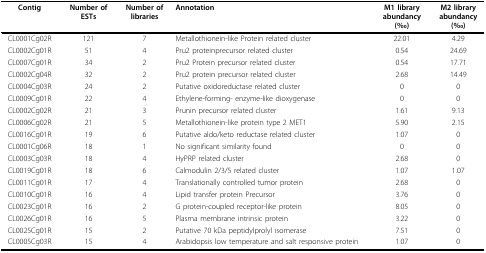
<table><thead><tr><td><b>Contig</b></td><td><b>Number ofESTs</b></td><td><b>Number oflibraries</b></td><td><b>Annotation</b></td><td><b>M1 libraryabundancy(‰)</b></td><td><b>M2 libraryabundancy(‰)</b></td></tr></thead><tbody><tr><td>CL0001Cg02R</td><td>121</td><td>7</td><td>Metallothionein-like Protein related cluster</td><td>22.01</td><td>4.29</td></tr><tr><td>CL0002Cg01R</td><td>51</td><td>4</td><td>Pru2 proteinprecursor related cluster</td><td>0.54</td><td>24.69</td></tr><tr><td>CL0007Cg01R</td><td>34</td><td>2</td><td>Pru2 Protein precursor related cluster</td><td>0.54</td><td>17.71</td></tr><tr><td>CL0002Cg04R</td><td>32</td><td>2</td><td>Pru2 protein precursor related cluster</td><td>2.68</td><td>14.49</td></tr><tr><td>CL0004Cg03R</td><td>24</td><td>2</td><td>Putative oxidoreductase related cluster</td><td>0</td><td>0</td></tr><tr><td>CL0009Cg01R</td><td>22</td><td>4</td><td>Ethylene-forming- enzyme-like dioxygenase</td><td>0</td><td>0</td></tr><tr><td>CL0002Cg02R</td><td>21</td><td>3</td><td>Prunin precursor related cluster</td><td>1.61</td><td>9.13</td></tr><tr><td>CL0006Cg02R</td><td>21</td><td>5</td><td>Metallothionein-like protein type 2 MET1</td><td>5.90</td><td>2.15</td></tr><tr><td>CL0016Cg01R</td><td>19</td><td>6</td><td>Putative aldo/keto reductase related cluster</td><td>1.07</td><td>0</td></tr><tr><td>CL0001Cg06R</td><td>18</td><td>1</td><td>No significant similarity found</td><td>0</td><td>0</td></tr><tr><td>CL0003Cg03R</td><td>18</td><td>4</td><td>HyPRP related cluster</td><td>2.68</td><td>0</td></tr><tr><td>CL0019Cg01R</td><td>18</td><td>6</td><td>Calmodulin 2/3/5 related cluster</td><td>1.07</td><td>1.07</td></tr><tr><td>CL0011Cg01R</td><td>17</td><td>4</td><td>Translationally controlled tumor protein</td><td>2.68</td><td>0</td></tr><tr><td>CL0010Cg01R</td><td>16</td><td>4</td><td>Lipid transfer protein Precursor</td><td>3.76</td><td>0</td></tr><tr><td>CL0023Cg01R</td><td>16</td><td>2</td><td>G protein-coupled receptor-like protein</td><td>8.05</td><td>0</td></tr><tr><td>CL0026Cg01R</td><td>16</td><td>5</td><td>Plasma membrane intrinsic protein</td><td>3.22</td><td>0</td></tr><tr><td>CL0025Cg01R</td><td>15</td><td>2</td><td>Putative 70 kDa peptidylprolyl isomerase</td><td>7.51</td><td>0</td></tr><tr><td>CL0005Cg03R</td><td>15</td><td>4</td><td>Arabidopsis low temperature and salt responsive protein</td><td>1.07</td><td>0</td></tr></tbody></table>